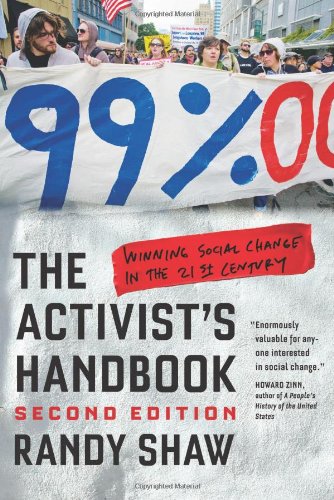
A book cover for The Activist's Handbook: Winning Social Change in the 21st Century; Randy Shaw; Politics & Social Sciences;